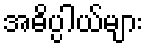
အဓိပ္ပါယ်များ